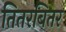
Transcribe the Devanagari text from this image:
तितरबितर